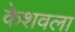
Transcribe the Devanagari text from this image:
केशवला